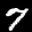
Label: 7